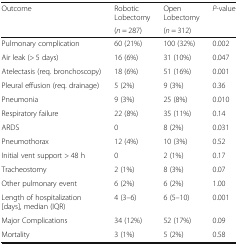
<table><thead><tr><td rowspan="2"><b>Outcome</b></td><td><b>RoboticLobectomy</b></td><td><b>OpenLobectomy</b></td><td rowspan="2"><b><i>P</i>-value</b></td></tr><tr><td><b>(<i>n</i> = 287)</b></td><td><b>(<i>n</i> = 312)</b></td></tr></thead><tbody><tr><td>Pulmonary complication</td><td>60 (21%)</td><td>100 (32%)</td><td>0.002</td></tr><tr><td>Air leak (&gt; 5 days)</td><td>16 (6%)</td><td>31 (10%)</td><td>0.047</td></tr><tr><td>Atelectasis (req. bronchoscopy)</td><td>18 (6%)</td><td>51 (16%)</td><td>0.001</td></tr><tr><td>Pleural effusion (req. drainage)</td><td>5 (2%)</td><td>9 (3%)</td><td>0.36</td></tr><tr><td>Pneumonia</td><td>9 (3%)</td><td>25 (8%)</td><td>0.010</td></tr><tr><td>Respiratory failure</td><td>22 (8%)</td><td>35 (11%)</td><td>0.14</td></tr><tr><td>ARDS</td><td>0</td><td>8 (2%)</td><td>0.031</td></tr><tr><td>Pneumothorax</td><td>12 (4%)</td><td>10 (3%)</td><td>0.52</td></tr><tr><td>Initial vent support &gt; 48 h</td><td>0</td><td>2 (1%)</td><td>0.17</td></tr><tr><td>Tracheostomy</td><td>2 (1%)</td><td>8 (3%)</td><td>0.07</td></tr><tr><td>Other pulmonary event</td><td>6 (2%)</td><td>6 (2%)</td><td>1.00</td></tr><tr><td>Length of hospitalization [days], median (IQR)</td><td>4 (3–6)</td><td>6 (5–10)</td><td>0.001</td></tr><tr><td>Major Complications</td><td>34 (12%)</td><td>52 (17%)</td><td>0.09</td></tr><tr><td>Mortality</td><td>3 (1%)</td><td>5 (2%)</td><td>0.58</td></tr></tbody></table>